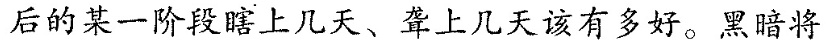
后的某一阶段瞎上几天、上几天该有多好。黑暗将